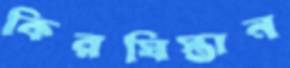
কিরঘিস্তান